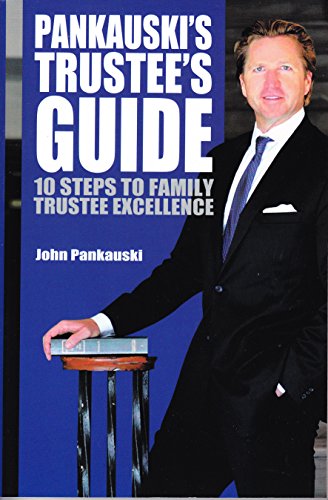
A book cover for Pankauski's Trustee's Guide; John Pankauski; Business & Money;